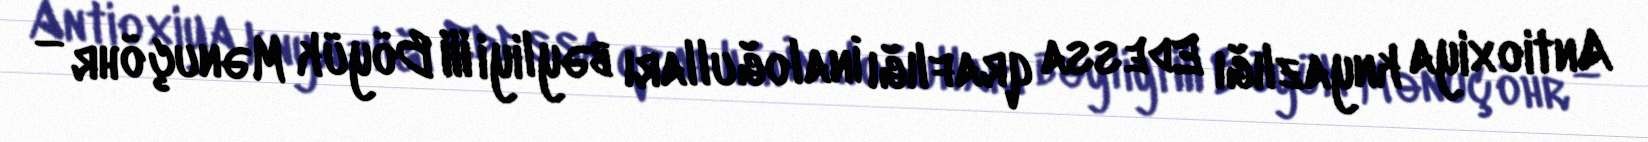
Antioxiya knyazlığı Edessa qraflığı İnaloğulları bəyliyi III Böyük Mənuçöhr —